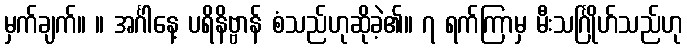
မှက်ချက်။ ။ အင်္ဂါနေ့ ပရိနိဗ္ဗာန် စံသည်ဟုဆိုခဲ့၏။ ၇ ရက်ကြာမှ မီးသင်္ဂြိုဟ်သည်ဟု